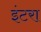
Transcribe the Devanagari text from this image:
इंटरा